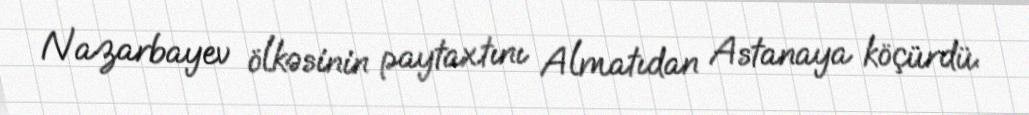
Nazarbayev ölkəsinin paytaxtını Almatıdan Astanaya köçürdü.